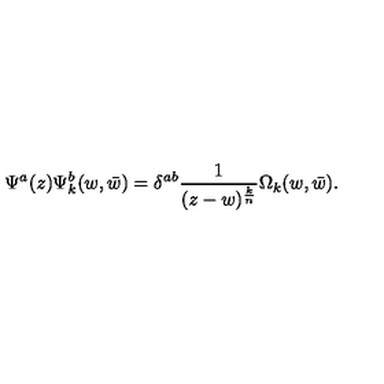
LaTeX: \Psi ^ { a } ( z ) \Psi _ { k } ^ { b } ( w , \bar { w } ) = \delta ^ { a b } { \frac { 1 } { ( z - w ) ^ { \frac { k } { n } } } } \Omega _ { k } ( w , \bar { w } ) .